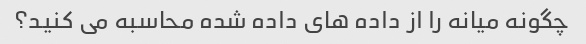
چگونه میانه را از داده های داده شده محاسبه می کنید؟